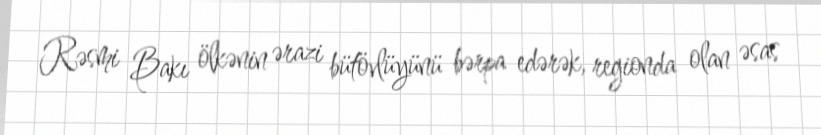
Rəsmi Bakı ölkənin ərazi bütövlüyünü bərpa edərək, regionda olan əsas